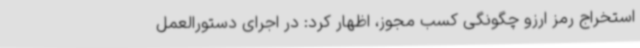
استخراج رمز ارزو چگونگی کسب مجوز، اظهار کرد: در اجرای دستورالعمل